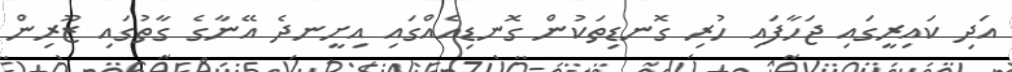
އަދި ކައިރީގައި ޖަހާފައި ހުރި ގޮނޑިތަކުން ގޮނޑިއެއްގައި އިށީނދެ އޭނާގެ ގާތުގައި ޒޫރިން